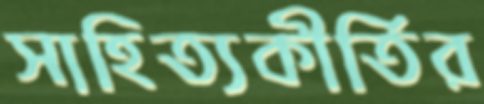
সাহিত্যকীর্তির